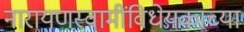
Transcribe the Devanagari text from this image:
नारायणस्वामींविधेयकाच्या